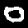
Label: 0